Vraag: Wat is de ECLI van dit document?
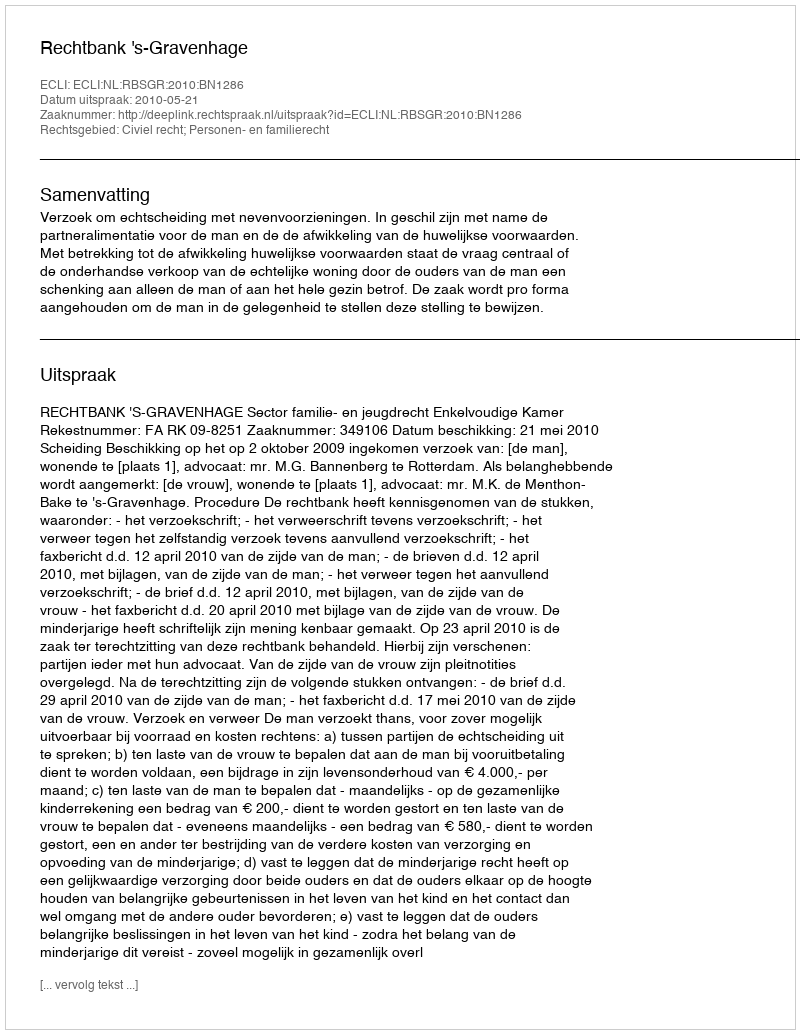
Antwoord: ECLI:NL:RBSGR:2010:BN1286